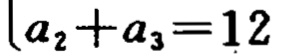
\(a_{2}+a_{3}=12\)